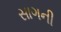
સાગની